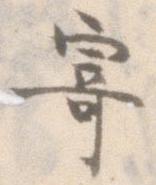
寄